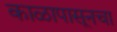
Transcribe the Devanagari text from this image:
काळापासूनचा